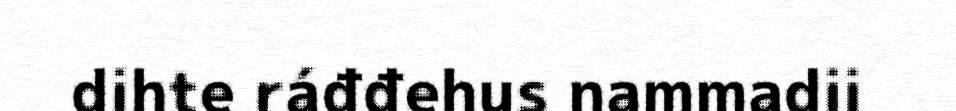
dihte ráđđehus nammadii